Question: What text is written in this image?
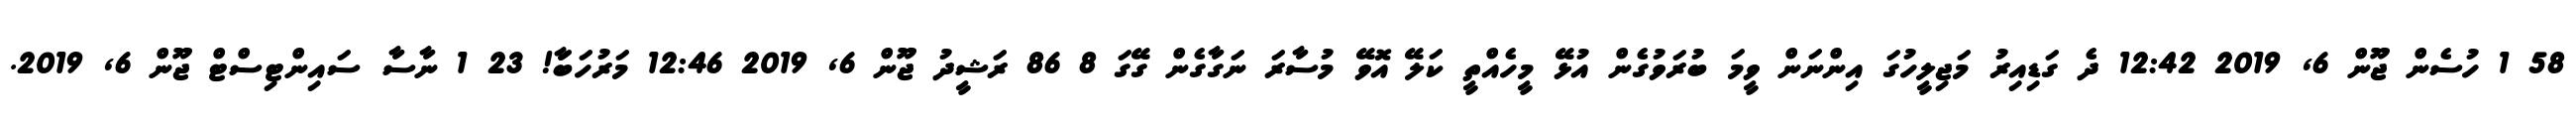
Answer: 58 1 ހުސެން ޖޫން 6, 2019 12:42 ދެ ގަޑިއިރު މަޖިލީހުގަ އިންނަން ވީމަ ބުރަވުގެން އުޅޭ މީހެއްތީ ކަލޭ އޮވޭ މުސާރަ ނަގާގެން ގޭގަ 8 86 ރަޝީދު ޖޫން 6, 2019 12:46 މަރުހަބާަ! 23 1 ނާސާ ސައިންޓިސްޓް ޖޫން 6, 2019.